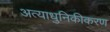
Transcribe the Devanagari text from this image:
अत्याधुनिकीकरण